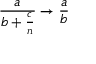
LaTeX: { \frac { a } { b + { \frac { c } { n } } } } \to { \frac { a } { b } }